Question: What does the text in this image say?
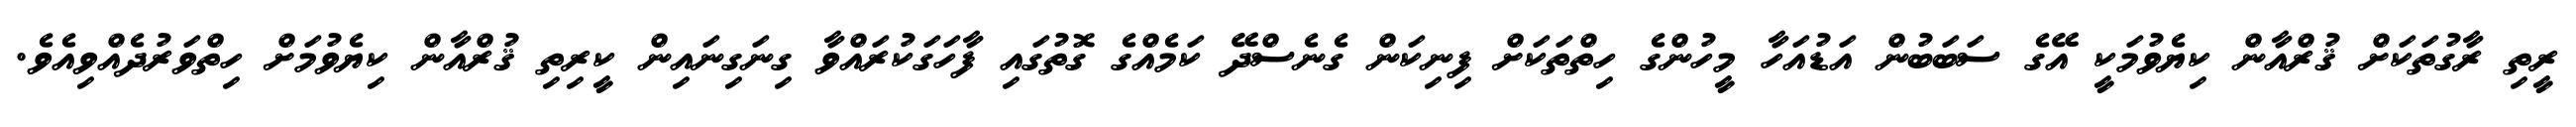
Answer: ރީތި ރާގުތަކަށް ޤުރްއާން ކިޔެވުމަކީ އޭގެ ސަބަބުން އަޑުއަހާ މީހުންގެ ހިތްތަކަށް ފިނިކަން ގެނެސްދޭ ކަމެއްގެ ގޮތުގައި ފާހަގަކުރައްވާ ގިނަގިނައިން ކީރިތި ޤުރްއާން ކިޔެވުމަށް ހިތްވަރުދެއްވިއެވެ.